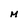
Character: M